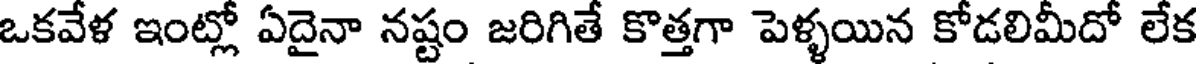
ఒకవేళ ఇంట్లో ఏదైనా నష్టం జరిగితే కొత్తగా పెళ్ళయిన కోడలిమీదో లేక